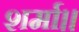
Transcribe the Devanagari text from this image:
शर्मा।।